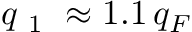
q _ { \mathrm { ~ 1 ~ } } \approx 1 . 1 \, q _ { F }